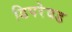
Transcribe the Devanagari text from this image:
डिपरेवड